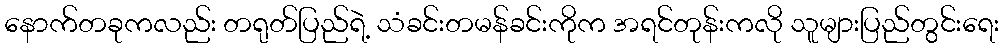
နောက်တခုကလည်း တရုတ်ပြည်ရဲ့ သံခင်းတမန်ခင်းကိုက အရင်တုန်းကလို သူများပြည်တွင်းရေး